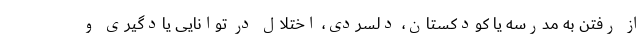
از رفتن به مدرسه یا کودکستان، دلسردی، اختلال در توانایی یادگیری و